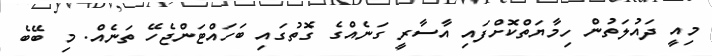
މިއީ ދައުލަތުން ހިމާޔަތްކޮށްފައި އާސާރީ ގަނެއްގެ ގޮތުގައި ބަހައްޓަންޖެހޭ ތަނެއް. މި ބޭބެ